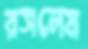
রসলেম